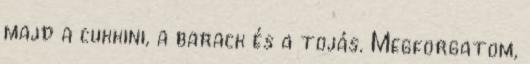
majd a cukkini, a barack és a tojás. Megforgatom,